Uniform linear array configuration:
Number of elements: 4
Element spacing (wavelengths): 0.25
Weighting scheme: uniform
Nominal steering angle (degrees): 0
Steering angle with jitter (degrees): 0.8292
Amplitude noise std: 0.05
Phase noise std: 0.05

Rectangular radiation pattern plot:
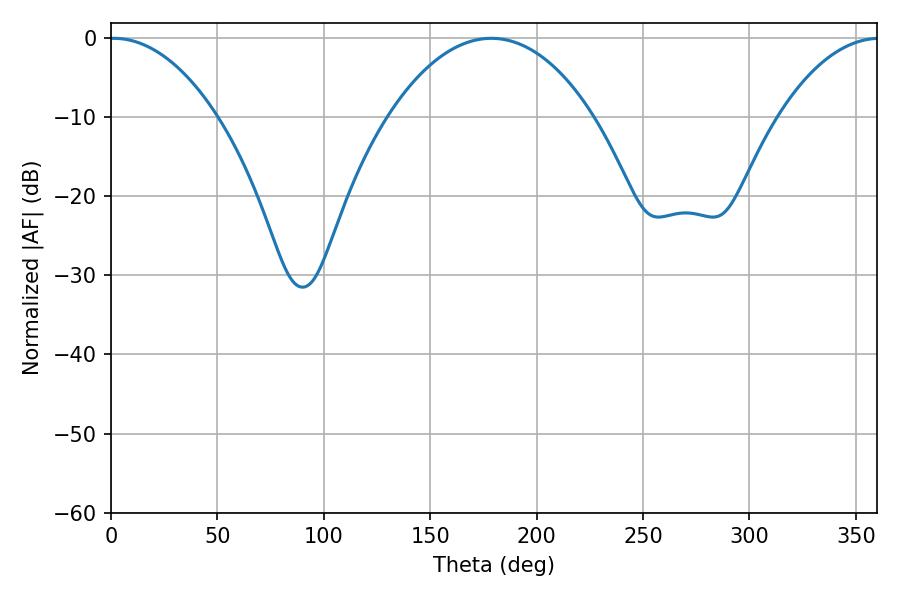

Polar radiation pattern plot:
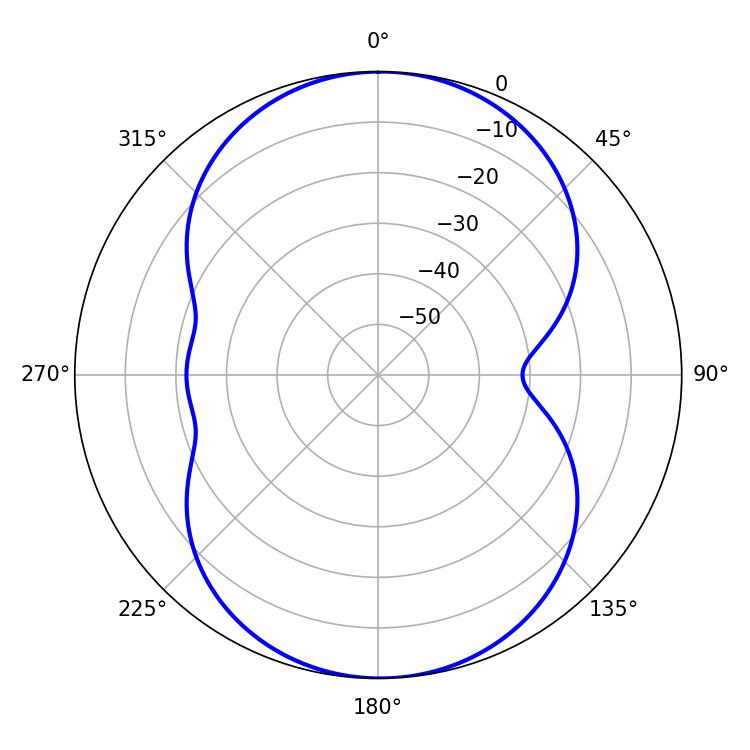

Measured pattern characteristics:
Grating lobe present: FALSE
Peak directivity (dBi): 16.523
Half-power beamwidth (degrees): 28.26
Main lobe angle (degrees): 1.26